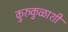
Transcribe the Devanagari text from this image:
कुरुकुळाशी